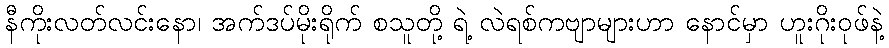
နီကိုးလတ်လင်းနော၊ အက်ဒပ်မိုးရိုက် စသူတို့ ရဲ့ လဲရစ်ကဗျာများဟာ နောင်မှာ ဟူးဂိုးဝုဖ်နဲ့